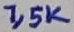
Text: 1,5K